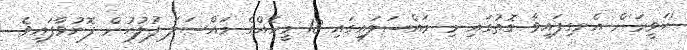
'ހަވީރަ'ށް އެނގިފައިވާ ގޮތުގައި މި މައްސަލައިގައި 18 މީހެއްގެ މައްސަލަ ފުލުހުން ފޮނުވާފައިވެ